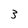
Character: 3